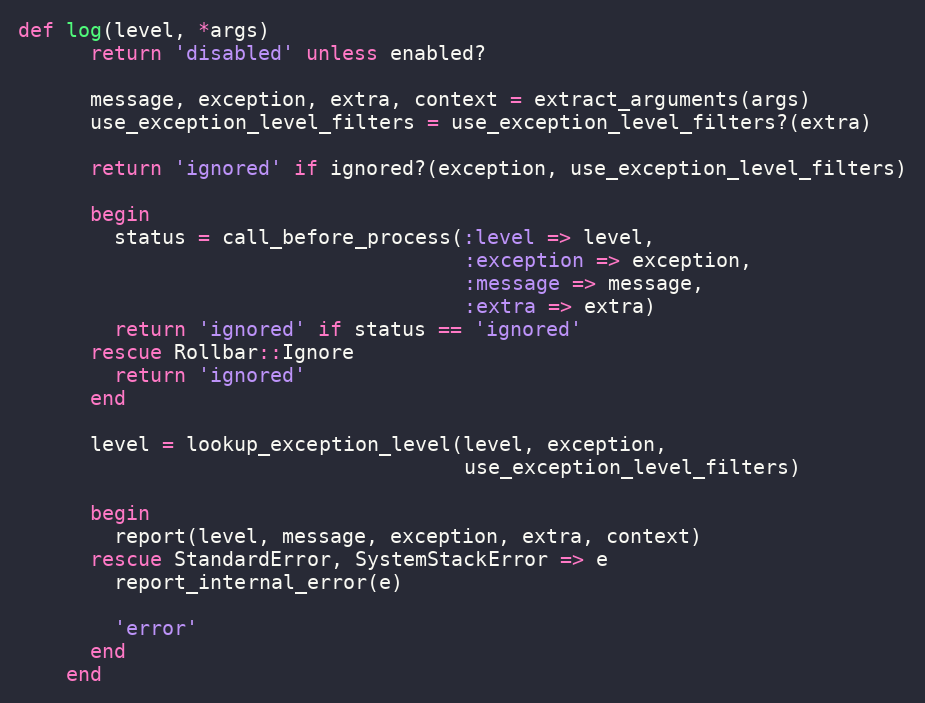
Language: Ruby
def log(level, *args)
      return 'disabled' unless enabled?

      message, exception, extra, context = extract_arguments(args)
      use_exception_level_filters = use_exception_level_filters?(extra)

      return 'ignored' if ignored?(exception, use_exception_level_filters)

      begin
        status = call_before_process(:level => level,
                                     :exception => exception,
                                     :message => message,
                                     :extra => extra)
        return 'ignored' if status == 'ignored'
      rescue Rollbar::Ignore
        return 'ignored'
      end

      level = lookup_exception_level(level, exception,
                                     use_exception_level_filters)

      begin
        report(level, message, exception, extra, context)
      rescue StandardError, SystemStackError => e
        report_internal_error(e)

        'error'
      end
    end